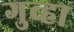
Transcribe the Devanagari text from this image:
गुव्हा